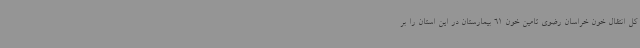
کل انتقال خون خراسان رضوی تامین خون 61 بیمارستان در این استان را بر